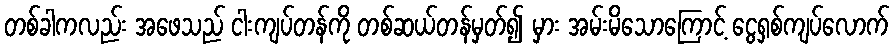
တစ်ခါကလည်း အဖေသည် ငါးကျပ်တန်ကို တစ်ဆယ်တန်မှတ်၍ မှား အမ်းမိသောကြောင့် ငွေရှစ်ကျပ်လောက်